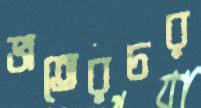
ভাতেরচর